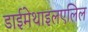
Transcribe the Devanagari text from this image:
डाईमेथाइलएलिल